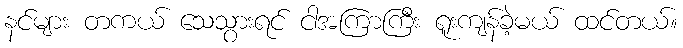
နင်များ တကယ် သေသွားရင် ငါအကြာကြီး ရူးကျန်ခဲ့မယ် ထင်တယ်။